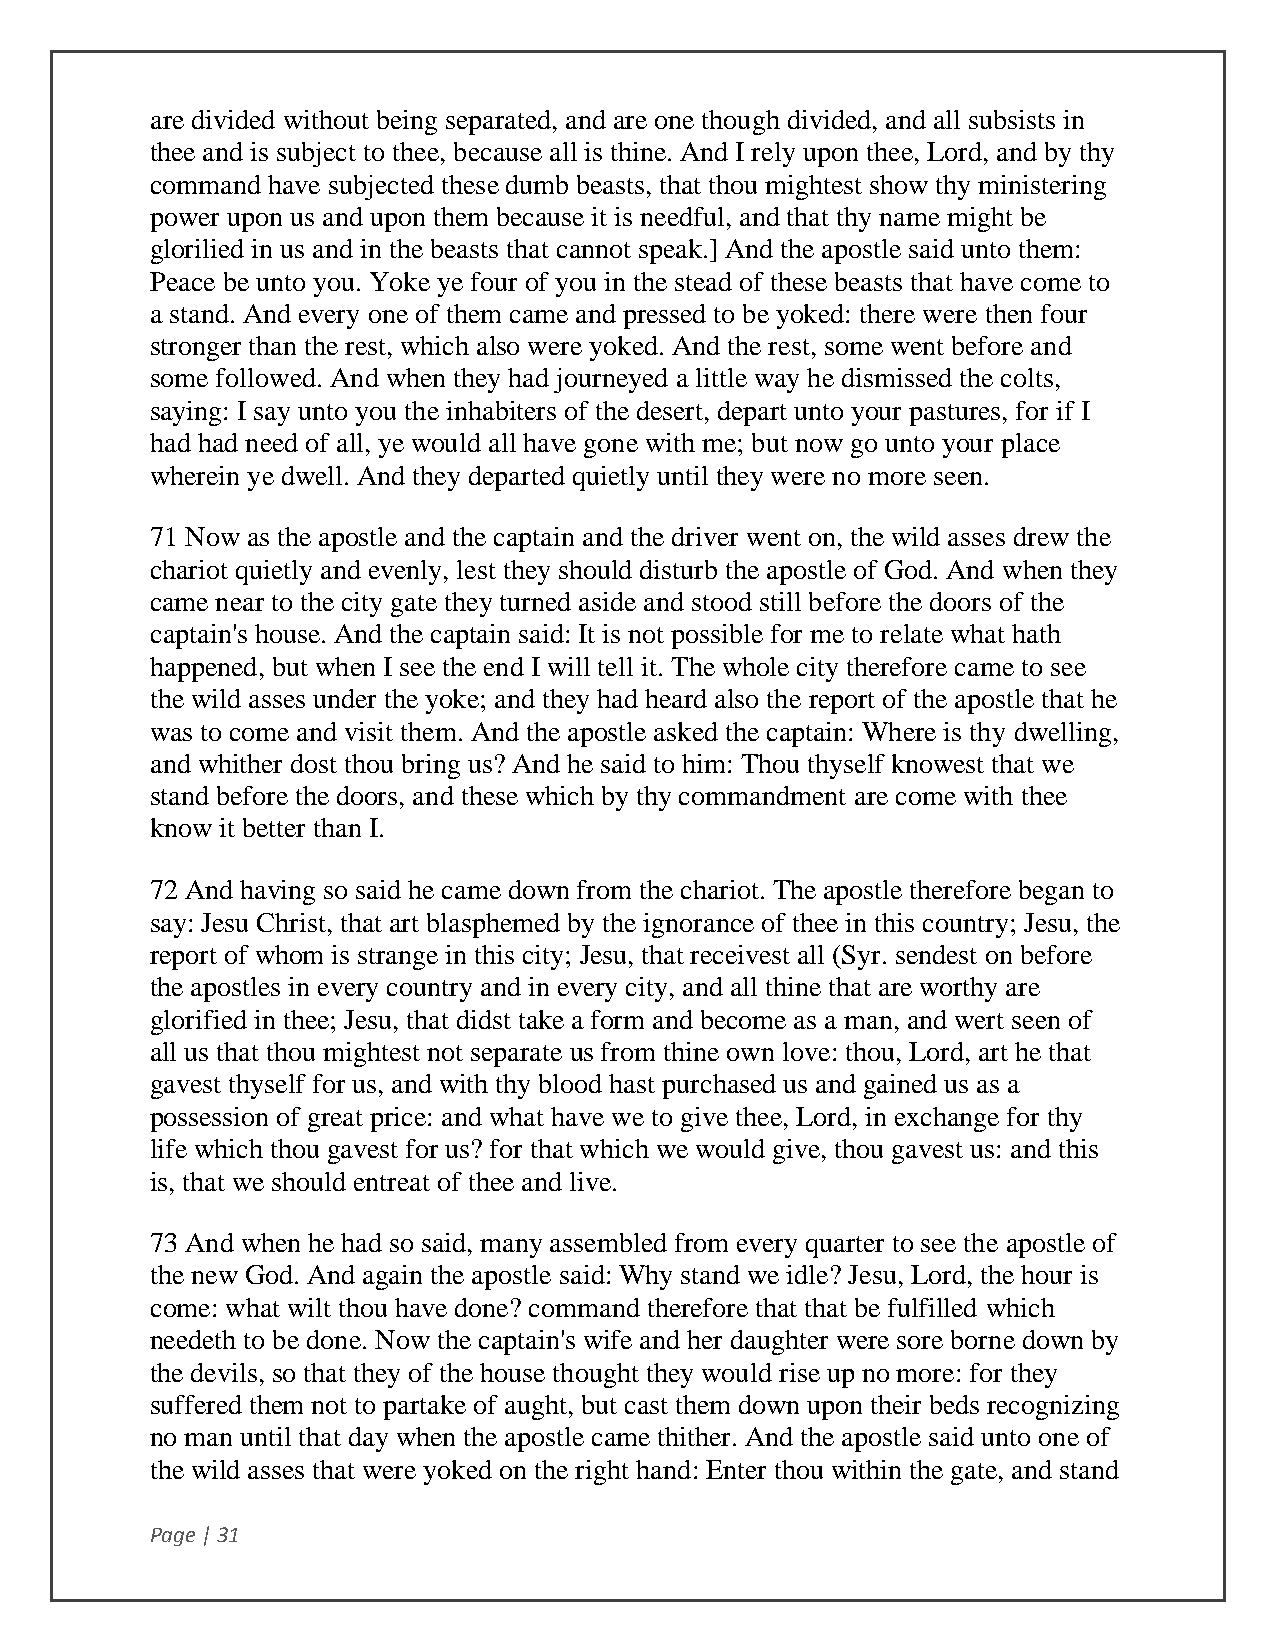
are divided without being separated, and are one though divided, and all subsists in
 thee and is subject to thee, because all is thine. And I rely upon thee, Lord, and by thy
 command have subjected these dumb beasts, that thou mightest show thy ministering
 power upon us and upon them because it is needful, and that thy name might be
 glorilied in us and in the beasts that cannot speak.] And the apostle said unto them:
 Peace be unto you. Yoke ye four of you in the stead of these beasts that have come to
 a stand. And every one of them came and pressed to be yoked: there were then four
 stronger than the rest, which also were yoked. And the rest, some went before and
 some followed. And when they had journeyed a little way he dismissed the colts,
 saying: I say unto you the inhabiters of the desert, depart unto your pastures, for if I
 had had need of all, ye would all have gone with me; but now go unto your place
 wherein ye dwell. And they departed quietly until they were no more seen.
 71 Now as the apostle and the captain and the driver went on, the wild asses drew the
 chariot quietly and evenly, lest they should disturb the apostle of God. And when they
 came near to the city gate they turned aside and stood still before the doors of the
 captain's house. And the captain said: It is not possible for me to relate what hath
 happened, but when I see the end I will tell it. The whole city therefore came to see
 the wild asses under the yoke; and they had heard also the report of the apostle that he
 was to come and visit them. And the apostle asked the captain: Where is thy dwelling,
 and whither dost thou bring us? And he said to him: Thou thyself knowest that we
 stand before the doors, and these which by thy commandment are come with thee
 know it better than I.
 72 And having so said he came down from the chariot. The apostle therefore began to
 say: Jesu Christ, that art blasphemed by the ignorance of thee in this country; Jesu, the
 report of whom is strange in this city; Jesu, that receivest all (Syr. sendest on before
 the apostles in every country and in every city, and all thine that are worthy are
 glorified in thee; Jesu, that didst take a form and become as a man, and wert seen of
 all us that thou mightest not separate us from thine own love: thou, Lord, art he that
 gavest thyself for us, and with thy blood hast purchased us and gained us as a
 possession of great price: and what have we to give thee, Lord, in exchange for thy
 life which thou gavest for us? for that which we would give, thou gavest us: and this
 is, that we should entreat of thee and live.
 73 And when he had so said, many assembled from every quarter to see the apostle of
 the new God. And again the apostle said: Why stand we idle? Jesu, Lord, the hour is
 come: what wilt thou have done? command therefore that that be fulfilled which
 needeth to be done. Now the captain's wife and her daughter were sore borne down by
 the devils, so that they of the house thought they would rise up no more: for they
 suffered them not to partake of aught, but cast them down upon their beds recognizing
 no man until that day when the apostle came thither. And the apostle said unto one of
 the wild asses that were yoked on the right hand: Enter thou within the gate, and stand
 Page | 31